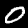
Label: 0